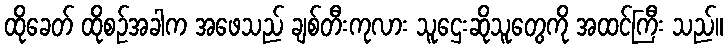
ထိုခေတ် ထိုစဉ်အခါက အဖေသည် ချစ်တီးကုလား သူဌေးဆိုသူတွေကို အထင်ကြီး သည်။